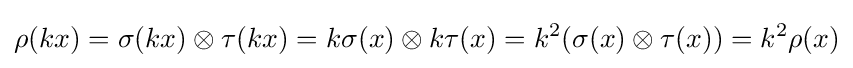
\rho (kx)=\sigma (kx)\otimes \tau (kx)=k\sigma (x)\otimes k\tau (x)=k^{2}(\sigma (x)\otimes \tau (x))=k^{2}\rho (x)